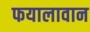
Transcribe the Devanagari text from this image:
फयालावान